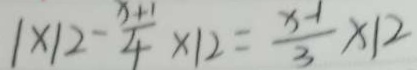
1 \times 1 2 - \frac { x + 1 } { 4 } \times 1 2 = \frac { x - 1 } { 3 } \times 1 2